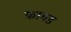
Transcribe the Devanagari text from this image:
फायड